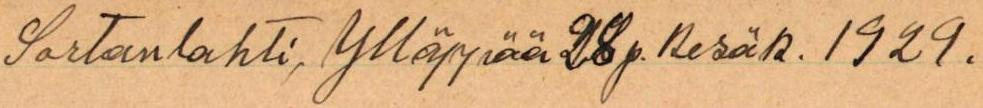
Sartanlahti, Ylläppää 28 p. kesäk. 1929.